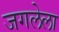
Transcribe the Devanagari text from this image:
जगलेला